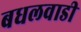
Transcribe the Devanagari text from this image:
बधलवाडी